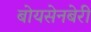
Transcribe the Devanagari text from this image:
बोयसेनबेरी